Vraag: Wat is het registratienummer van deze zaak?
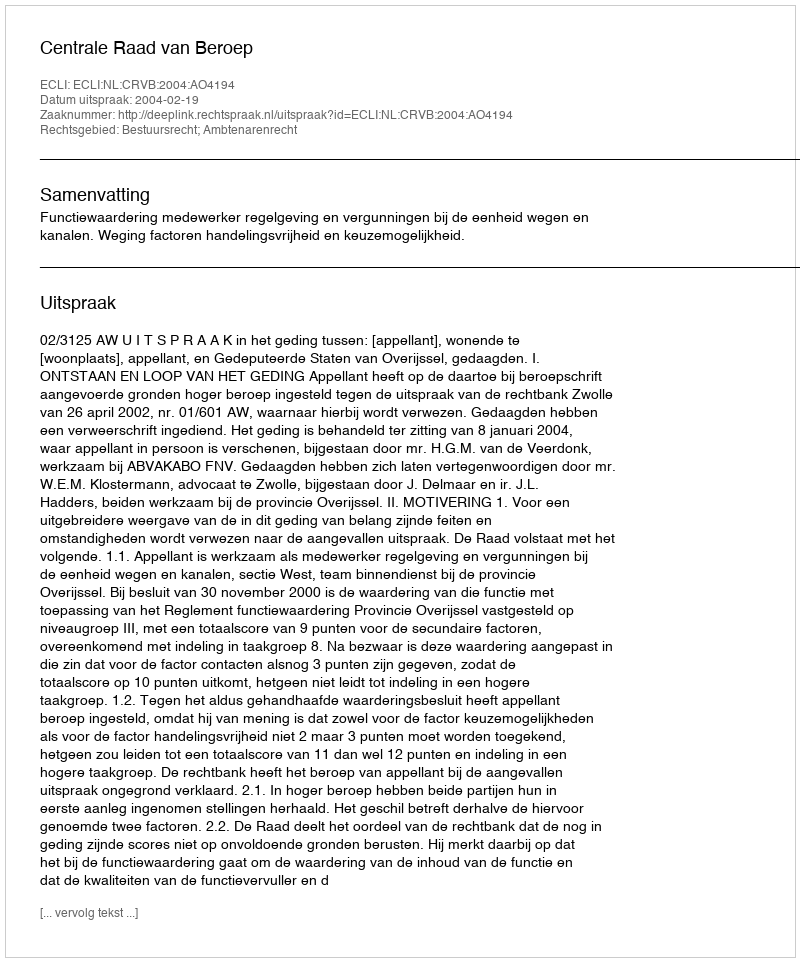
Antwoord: http://deeplink.rechtspraak.nl/uitspraak?id=ECLI:NL:CRVB:2004:AO4194